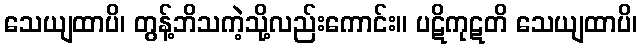
သေယျထာပိ၊ တွန့်ဘိသကဲ့သို့လည်းကောင်း။ ပဋိကုဋတိ သေယျထာပိ၊